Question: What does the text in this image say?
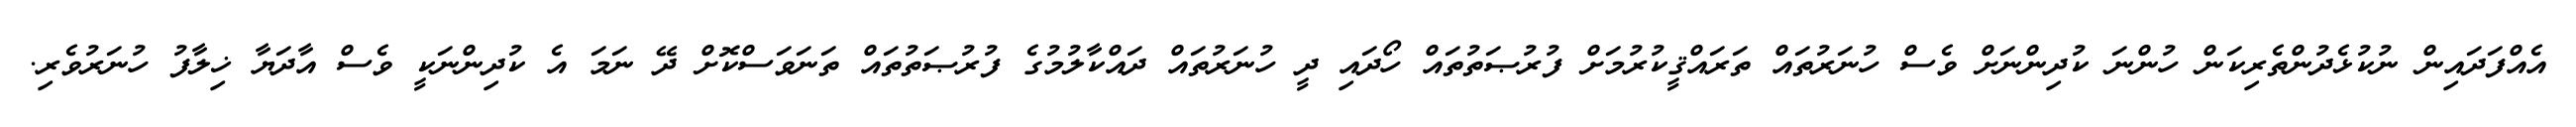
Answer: އެއްފަދައިން ނުކުޅެދުންތެރިކަން ހުންނަ ކުދިންނަށް ވެސް ހުނަރުތައް ތަރައްޤީކުރުމަށް ފުރުޞަތުތައް ހޯދައި ދީ ހުނަރުތައް ދައްކާލުމުގެ ފުރުޞަތުތައް ތަނަވަސްކޮށް ދޭ ނަމަ އެ ކުދިންނަކީ ވެސް އާދަޔާ ޚިލާފު ހުނަރުވެރި.